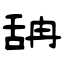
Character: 舑